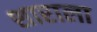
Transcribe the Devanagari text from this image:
शाराला